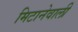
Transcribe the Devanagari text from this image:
मिटानेवाली